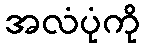
အလံပုံကို